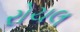
રોચલ